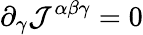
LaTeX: \partial_{\gamma}{\mathcal{J}}^{\alpha\beta\gamma}=0